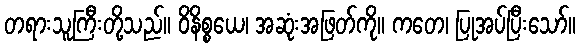
တရားသူကြီးတို့သည်။ ဝိနိစ္စယေ၊ အဆုံးအဖြတ်ကို။ ကတေ၊ ပြုအပ်ပြီးသော်။